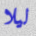
ليلا